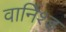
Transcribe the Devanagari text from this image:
वार्निश्ड